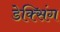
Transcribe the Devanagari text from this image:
डेक्सिंग